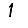
Digit: 1